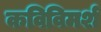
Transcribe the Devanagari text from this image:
कविविमर्श